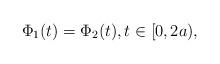
LaTeX: \begin{align*}\Phi_1(t)=\Phi_2(t),t\in[0,2a),\end{align*}